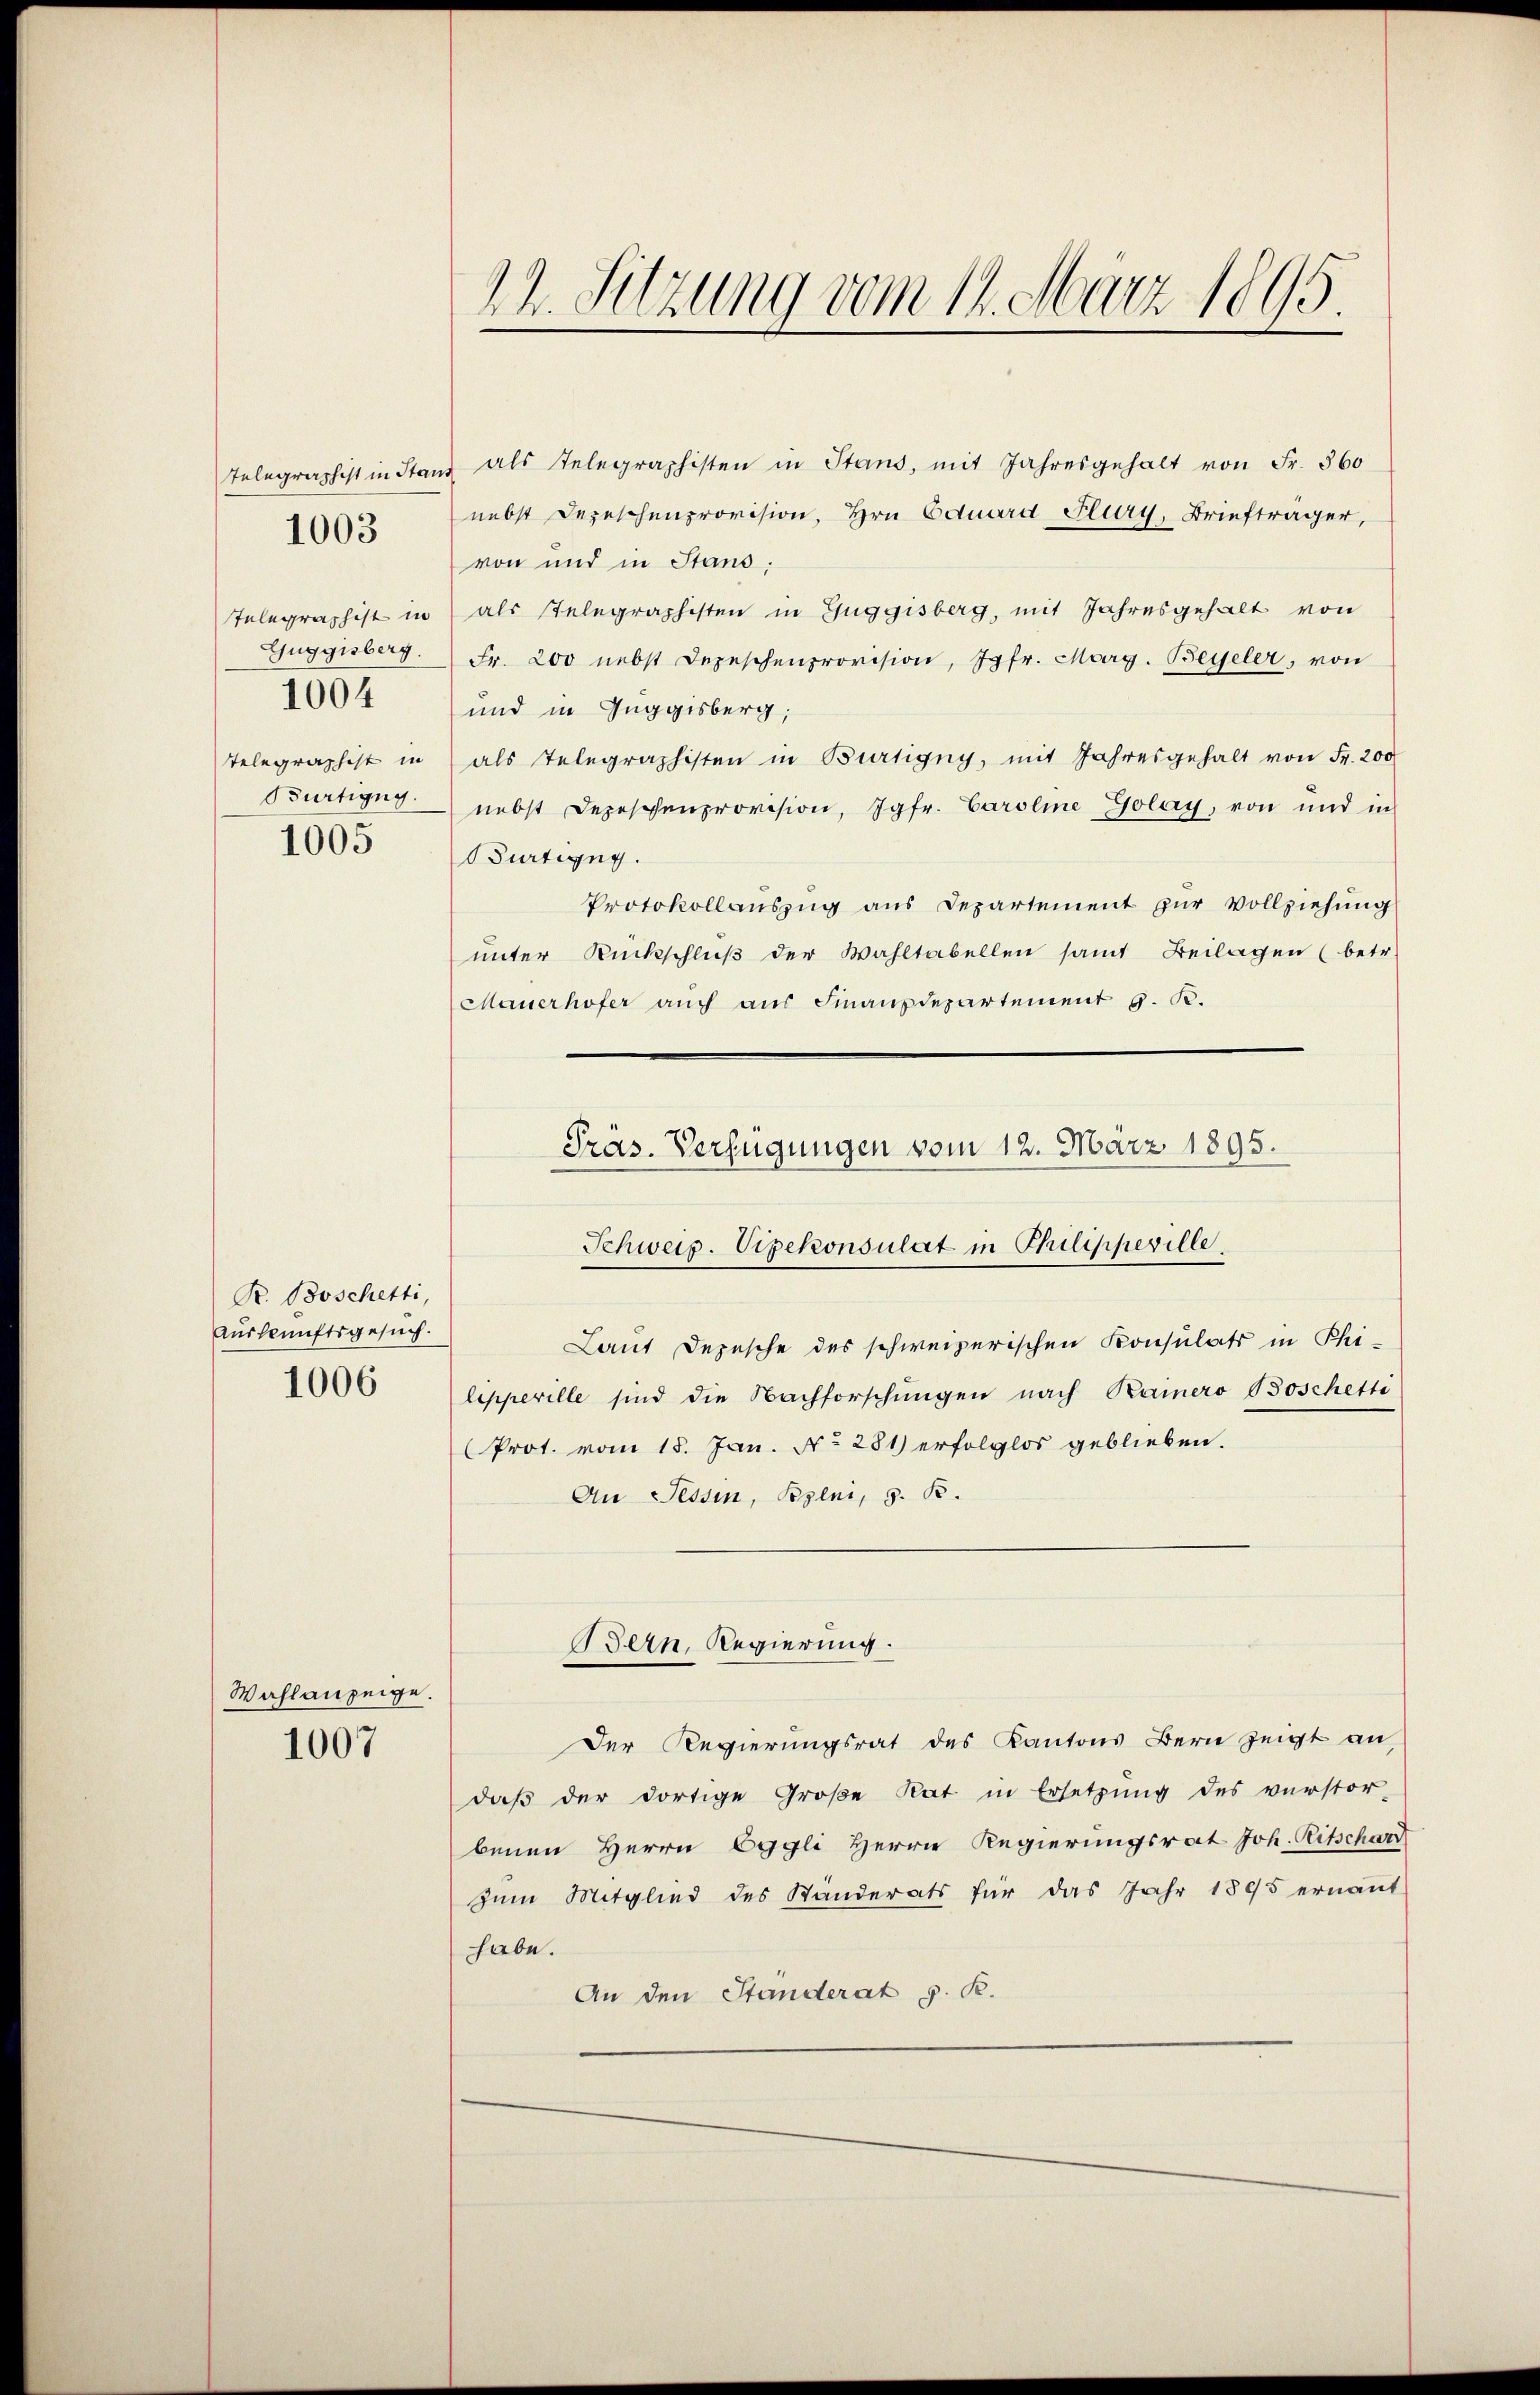
1004
1005

1003

R. Boschetti,
Auskunftsgesuch.
1006

Wahlanzeige.
1007

Telegraphist in Stand als Telegraphisten in Stand, mit Jahresgehalt von Fr. 560
nebst Depeschenprovision, Hrn Eduard Flury, Briefträger,
von und in Stans.
Telegraphist in als stelegraphisten in Zuggisberg, mit Jahresgehalt von
Gŭggisberg. Fr. 200 nebst Depeschenprovision, Jgfr. Marg. Beyeler, von
und in Guggisberg,
Telegraphist in als Telegraphisten in Bürtigny, mit Jahresgehalt von Fr. 200
Bürtigny nebst Depeschenprovision, Jgfr. Caroline Golay, von und in
Guartigny.
Protokollauszug aus Departement zur Vollziehung
unter Rückschluß der Wahltabellen samt Beilagen (betr.
Mauerhofer auch aus Finanzdepartement 9. R.
lepperille sind die Nachforschungen nach Kamero Boschetti
(Prot. vom 15. Jan. No. 281) erfolglos geblieben.
An Tessin, Belei, s. B.
Bern, Regierung.
Der Regierungsrat des Kantons Bern zeigt an,
daß der dortige Große Rat in Ersetzung des verstor-
benen Herrn Eggli Herrn Regierungsrat Joh. Ritschard
zum Mitglied des Ständerats für das Jahr 1895 ernannt
habe.
An den Ständerat v. R.

22. Sitzung vom 14. März 1895.

Präs. Verfügungen vom 12. März 1895.
Schweiz. Vizekonsulat in Philippeville
Laut Depesche des schweizerischen Konsulats in Phi¬